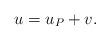
LaTeX: \begin{align*} u = u_P + v.\end{align*}